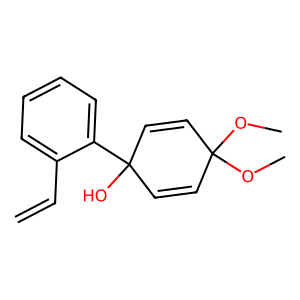
SMILES: C=Cc1ccccc1C1(O)C=CC(OC)(OC)C=C1
Inhibits HIV replication: No